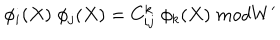
\phi _ { i } ( X ) \; \phi _ { j } ( X ) = C _ { i j } ^ { k } \; \phi _ { k } ( X ) \; m o d W ^ { \prime }